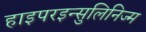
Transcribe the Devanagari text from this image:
हाइपरइन्सुलिनिज्म